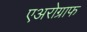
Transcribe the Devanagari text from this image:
एअरोग्राफ